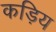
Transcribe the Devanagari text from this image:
कड़िय